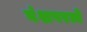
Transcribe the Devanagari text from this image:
वंशपरत्वे